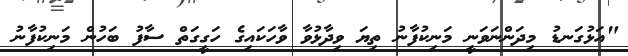
"އަޅުގަނޑު މިދަންނަވަނީ މަނިކުފާނު ތިޔަ ވިދާޅުވާ ވާހަކައިގެ ހަގީގަތް ސާފު ބަހުން މަނިކުފާނު